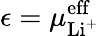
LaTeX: \epsilon=\mu_{\mathrm{Li^{+}}}^{\mathrm{eff}}